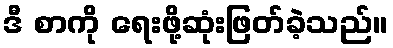
ဒီ စာကို ရေးဖို့ဆုံးဖြတ်ခဲ့သည်။